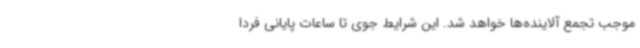
موجب تجمع آلاینده‌ها خواهد شد. این شرایط جوی تا ساعات پایانی فردا